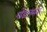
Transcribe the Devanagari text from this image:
गोडलमन